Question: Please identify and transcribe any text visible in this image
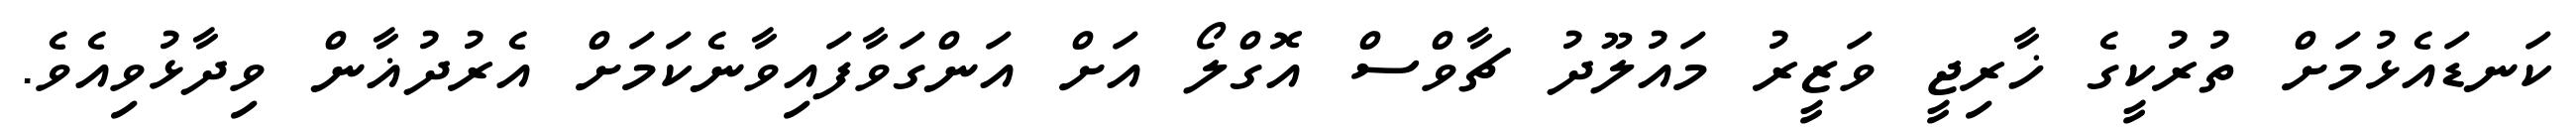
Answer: ކަނޑައެޅުމަށް ތުރުކީގެ ޚާރިޖީ ވަޒީރު މައުލޫދު ޗާވްސް އޮގްލޯ އަށް އަންގަވާފައިވާނެކަމަށް އެރުދުޣާން ވިދާޅުވިއެވެ.